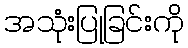
အသုံးပြုခြင်းကို